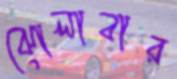
ঝোলাবার